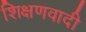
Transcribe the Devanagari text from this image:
शिक्षणवादी